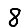
Digit: 8